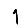
Digit: 1